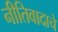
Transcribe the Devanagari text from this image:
नीतिवादाचे